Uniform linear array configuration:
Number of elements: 8
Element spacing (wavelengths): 1
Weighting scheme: exponential
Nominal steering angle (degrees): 45
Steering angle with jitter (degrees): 43.981
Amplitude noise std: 0.05
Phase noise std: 0.05

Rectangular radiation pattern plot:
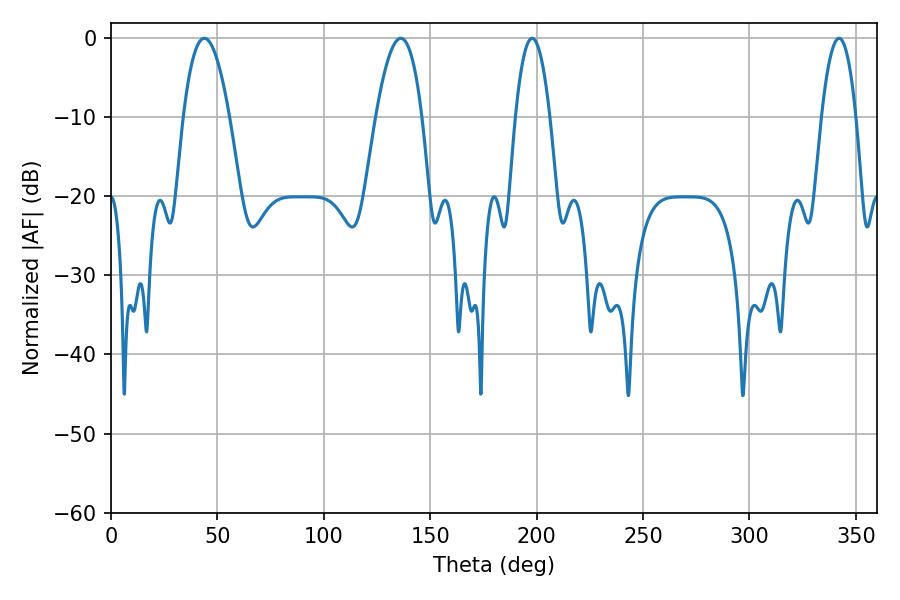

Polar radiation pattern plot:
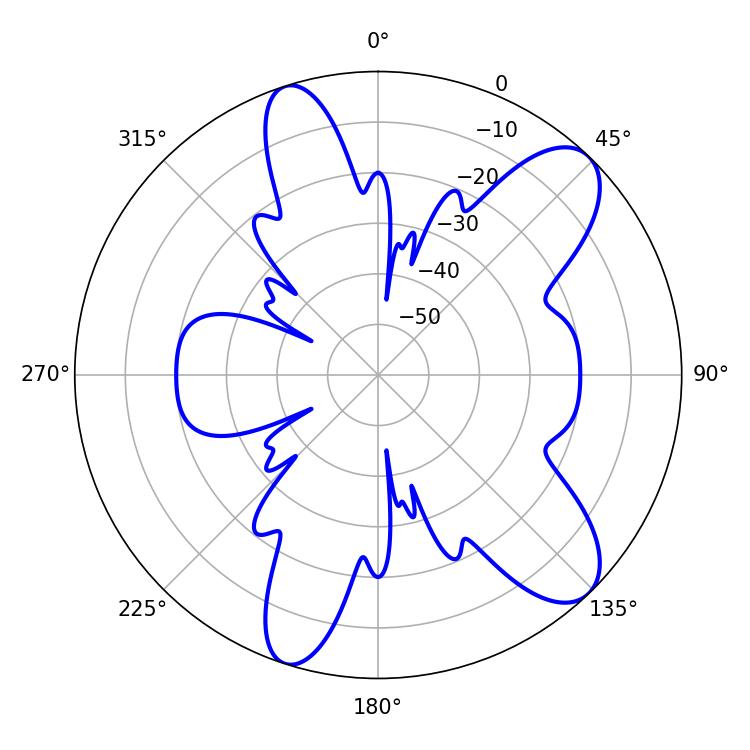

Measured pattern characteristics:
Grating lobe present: TRUE
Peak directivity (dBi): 9.805
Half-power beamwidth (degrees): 11.88
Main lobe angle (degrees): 43.92